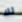
لك